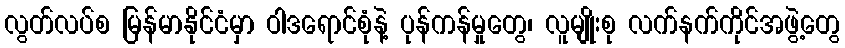
လွတ်လပ်စ မြန်မာနိုင်ငံမှာ ဝါဒရောင်စုံနဲ့ ပုန်ကန်မှုတွေ၊ လူမျိုးစု လက်နက်ကိုင်အဖွဲ့တွေ